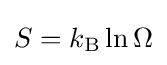
S=k_{\rm {B}}\ln \Omega